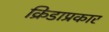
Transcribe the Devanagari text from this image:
क्रिडाप्रकार